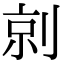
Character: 剠